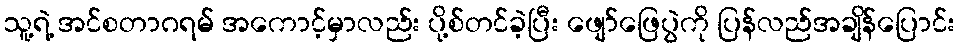
သူ့ရဲ့ အင်စတာဂရမ် အကောင့်မှာလည်း ပို့စ်တင်ခဲ့ပြီး ဖျော်ဖြေပွဲကို ပြန်လည်အချိန်ပြောင်း